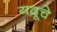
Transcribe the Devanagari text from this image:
यदूचे